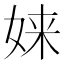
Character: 𫝫